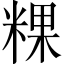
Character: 粿